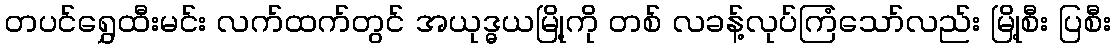
တပင်ရွှေထီးမင်း လက်ထက်တွင် အယုဒ္ဓယမြို့ကို တစ် လခန့်လုပ်ကြံသော်လည်း မြို့စီး ပြစီး